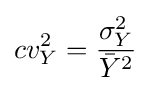
cv_{Y}^{2}={\frac {\sigma _{Y}^{2}}{{\bar {Y}}^{2}}}